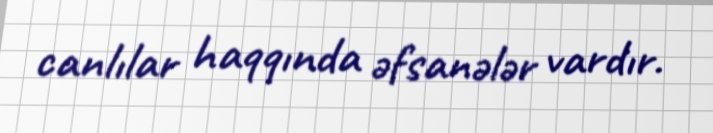
canlılar haqqında əfsanələr vardır.